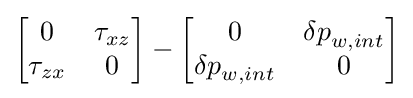
\left[{\begin{matrix}0&\tau _{xz}\\{\tau }_{zx}&0\\\end{matrix}}\right]-\left[{\begin{matrix}0&{\delta p}_{w,int}\\{\delta p}_{w,int}&0\\\end{matrix}}\right]